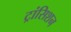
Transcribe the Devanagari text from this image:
ट्रांसिशन